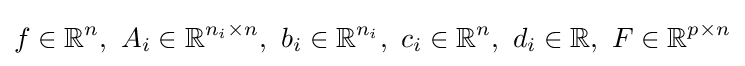
f\in \mathbb {R} ^{n},\ A_{i}\in \mathbb {R} ^{{n_{i}}\times n},\ b_{i}\in \mathbb {R} ^{n_{i}},\ c_{i}\in \mathbb {R} ^{n},\ d_{i}\in \mathbb {R} ,\ F\in \mathbb {R} ^{p\times n}